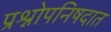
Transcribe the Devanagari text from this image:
प्रश्नोपनिषदात